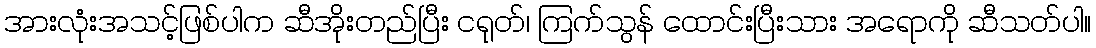
အားလုံးအသင့်ဖြစ်ပါက ဆီအိုးတည်ပြီး ငရုတ်၊ ကြက်သွန် ထောင်းပြီးသား အရောကို ဆီသတ်ပါ။